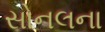
સોનલના